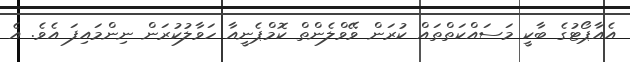
އެެއާޕޯޓުގެ ބާކީ މަސައްކަތްތައް ކުރަން ވޭވްލެންތް ކޮމްޕެނީއާ ހަވާލުކުރަން ނިންމައިފަ އެވެ. އެ